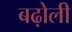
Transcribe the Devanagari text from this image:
बढ़ोली